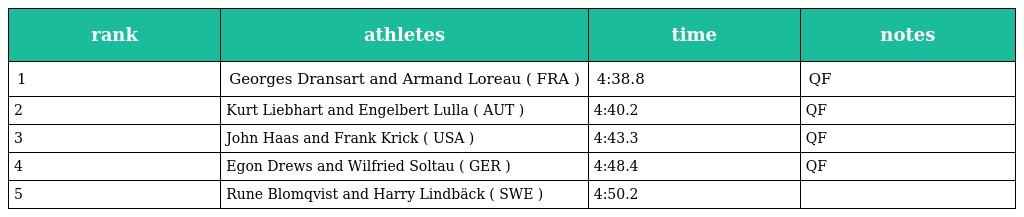
| rank | athletes | time | notes |
 | --- | --- | --- | --- |
 | 1 | Georges Dransart and Armand Loreau ( FRA ) | 4:38.8 | QF |
 | 2 | Kurt Liebhart and Engelbert Lulla ( AUT ) | 4:40.2 | QF |
 | 3 | John Haas and Frank Krick ( USA ) | 4:43.3 | QF |
 | 4 | Egon Drews and Wilfried Soltau ( GER ) | 4:48.4 | QF |
 | 5 | Rune Blomqvist and Harry Lindbäck ( SWE ) | 4:50.2 |  |